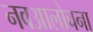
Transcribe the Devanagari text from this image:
नवआलोचना